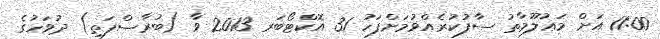
11:00 އަށް މަޢުލޫމާތު ސާފުކުރެއްވުމަށްފަހު 31 އޮކްޓޯބަރ 2013 ވާ (ބުރާސްފަތި) ދުވަހުގެ